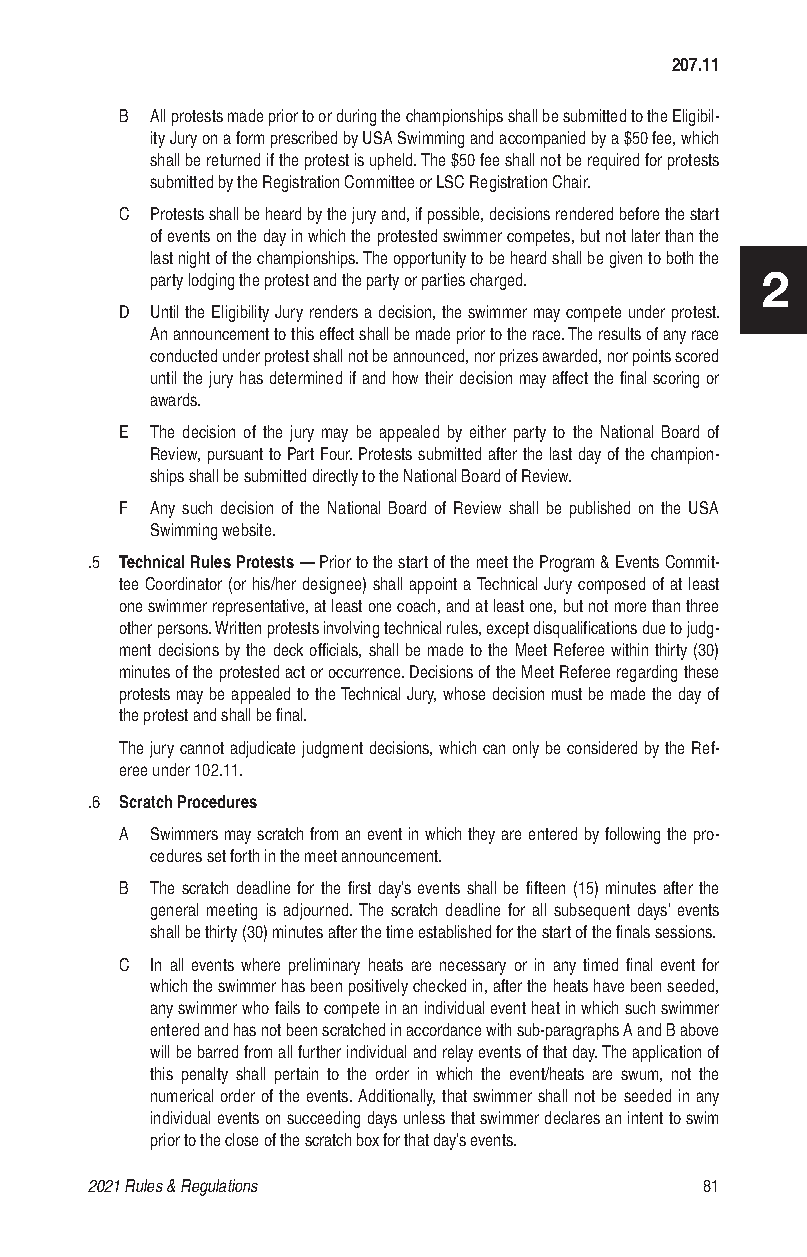
207.11
 B All protests made prior to or during the championships shall be submitted to the Eligibil-
 ity Jury on a form prescribed by USA Swimming and accompanied by a $50 fee, which
 shall be returned if the protest is upheld. The $50 fee shall not be required for protests
 submitted by the Registration Committee or LSC Registration Chair.
 C Protests shall be heard by the jury and, if possible, decisions rendered before the start
 of events on the day in which the protested swimmer competes, but not later than the
 last night of the championships. The opportunity to be heard shall be given to both the
 party lodging the protest and the party or parties charged. 2
 D Until the Eligibility Jury renders a decision, the swimmer may compete under protest.
 An announcement to this effect shall be made prior to the race. The results of any race
 conducted under protest shall not be announced, nor prizes awarded, nor points scored
 until the jury has determined if and how their decision may affect the final scoring or
 awards.
 E The decision of the jury may be appealed by either party to the National Board of
 Review, pursuant to Part Four. Protests submitted after the last day of the champion-
 ships shall be submitted directly to the National Board of Review.
 F Any such decision of the National Board of Review shall be published on the USA
 Swimming website.
 .5 Technical Rules Protests — Prior to the start of the meet the Program & Events Commit-
 tee Coordinator (or his/her designee) shall appoint a Technical Jury composed of at least
 one swimmer representative, at least one coach, and at least one, but not more than three
 other persons. Written protests involving technical rules, except disqualifications due to judg-
 ment decisions by the deck officials, shall be made to the Meet Referee within thirty (30)
 minutes of the protested act or occurrence. Decisions of the Meet Referee regarding these
 protests may be appealed to the Technical Jury, whose decision must be made the day of
 the protest and shall be final.
 The jury cannot adjudicate judgment decisions, which can only be considered by the Ref-
 eree under 102.11.
 .6 Scratch Procedures
 A Swimmers may scratch from an event in which they are entered by following the pro-
 cedures set forth in the meet announcement.
 B The scratch deadline for the first day’s events shall be fifteen (15) minutes after the
 general meeting is adjourned. The scratch deadline for all subsequent days’ events
 shall be thirty (30) minutes after the time established for the start of the finals sessions.
 C In all events where preliminary heats are necessary or in any timed final event for
 which the swimmer has been positively checked in, after the heats have been seeded,
 any swimmer who fails to compete in an individual event heat in which such swimmer
 entered and has not been scratched in accordance with sub-paragraphs A and B above
 will be barred from all further individual and relay events of that day. The application of
 this penalty shall pertain to the order in which the event/heats are swum, not the
 numerical order of the events. Additionally, that swimmer shall not be seeded in any
 individual events on succeeding days unless that swimmer declares an intent to swim
 prior to the close of the scratch box for that day’s events.
 2021 Rules & Regulations                 81